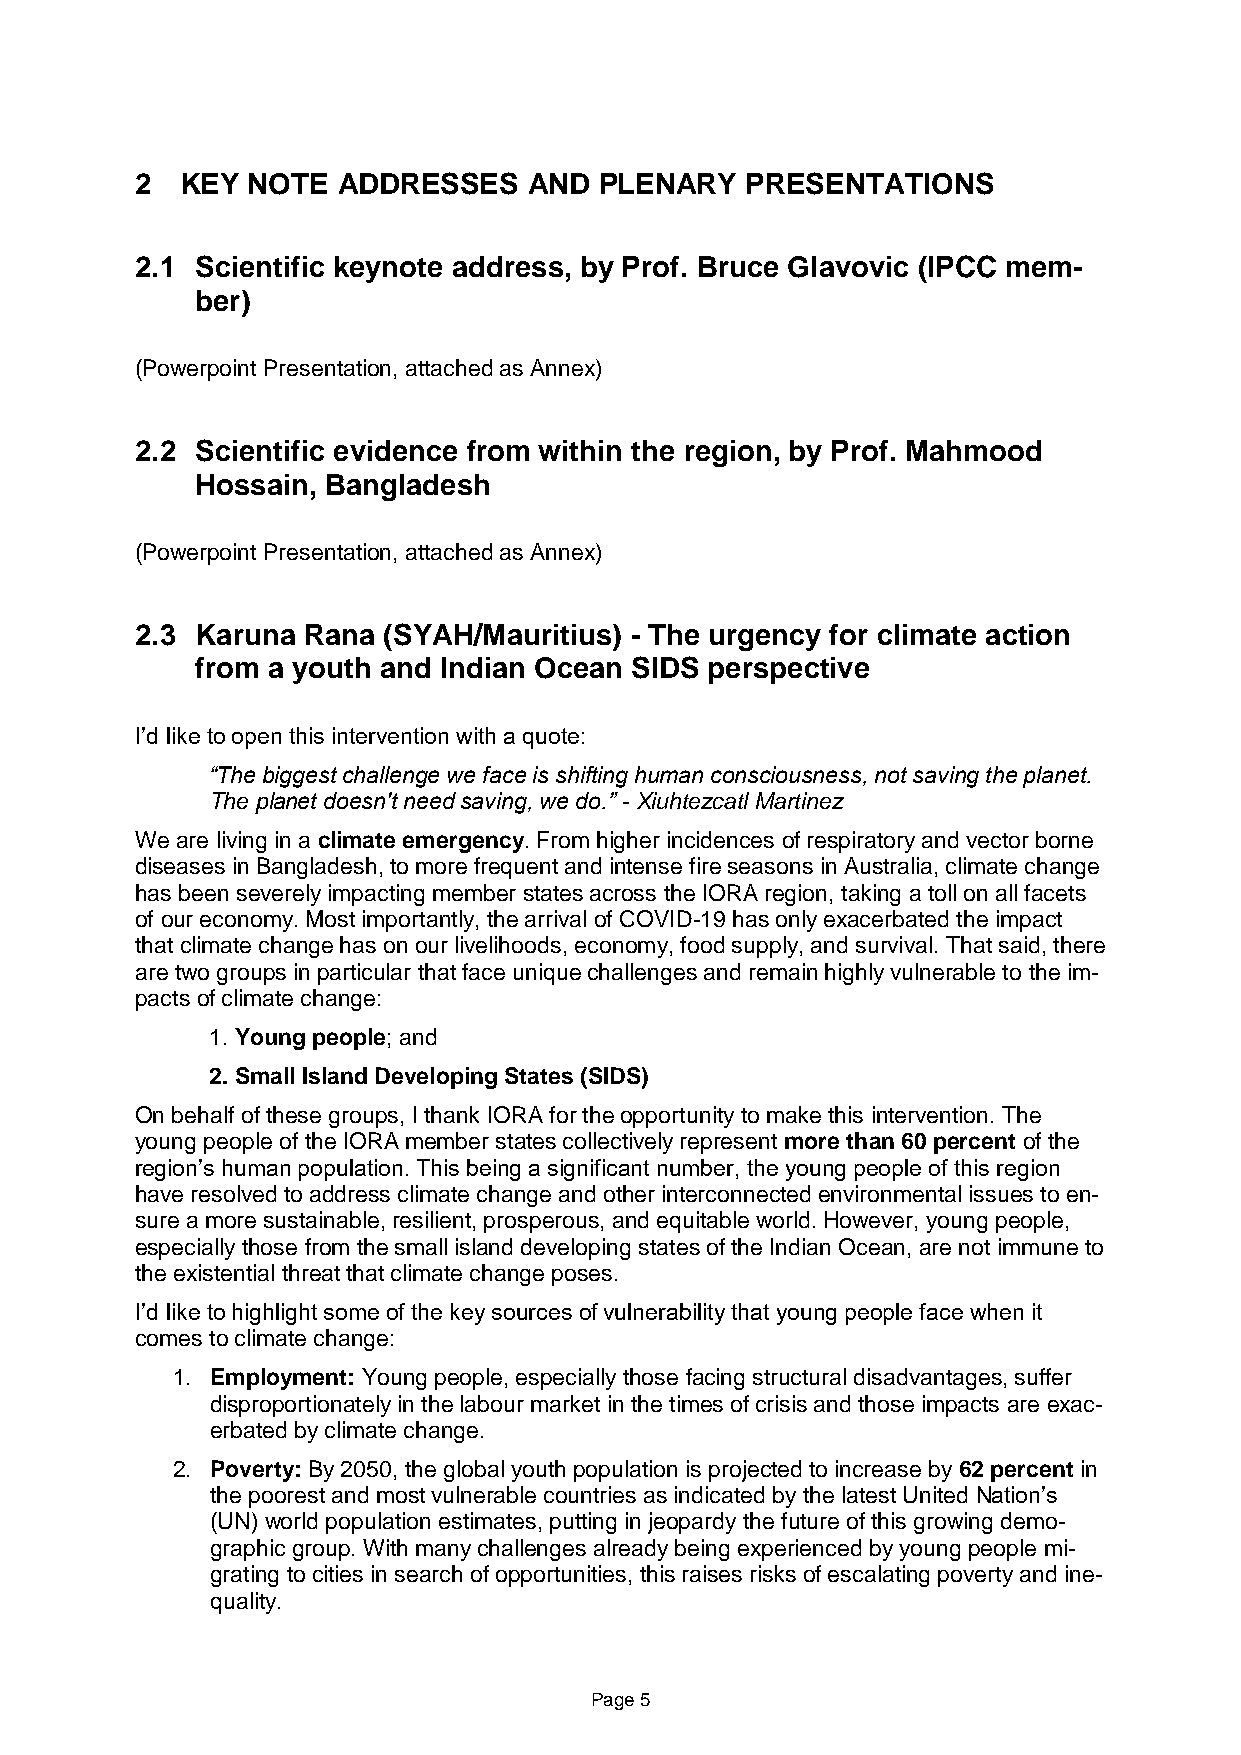
2  KEY NOTE  ADDRESSES    AND  PLENARY  PRESENTATIONS
 2.1 Scientific keynote address, by Prof. Bruce Glavovic (IPCC mem-
 ber)
 (Powerpoint Presentation, attached as Annex)
 2.2 Scientific evidence from within the region, by Prof. Mahmood
 Hossain, Bangladesh
 (Powerpoint Presentation, attached as Annex)
 2.3 Karuna Rana (SYAH/Mauritius) - The urgency for climate action
 from a youth and Indian Ocean SIDS perspective
 I’d like to open this intervention with a quote:
 “The biggest challenge we face is shifting human consciousness, not saving the planet.
 The planet doesn't need saving, we do.” - Xiuhtezcatl Martinez
 We are living in a climate emergency. From higher incidences of respiratory and vector borne
 diseases in Bangladesh, to more frequent and intense fire seasons in Australia, climate change
 has been severely impacting member states across the IORA region, taking a toll on all facets
 of our economy. Most importantly, the arrival of COVID-19 has only exacerbated the impact
 that climate change has on our livelihoods, economy, food supply, and survival. That said, there
 are two groups in particular that face unique challenges and remain highly vulnerable to the im-
 pacts of climate change:
 1. Young people; and
 2. Small Island Developing States (SIDS)
 On behalf of these groups, I thank IORA for the opportunity to make this intervention. The
 young people of the IORA member states collectively represent more than 60 percent of the
 region’s human population. This being a significant number, the young people of this region
 have resolved to address climate change and other interconnected environmental issues to en-
 sure a more sustainable, resilient, prosperous, and equitable world. However, young people,
 especially those from the small island developing states of the Indian Ocean, are not immune to
 the existential threat that climate change poses.
 I’d like to highlight some of the key sources of vulnerability that young people face when it
 comes to climate change:
 1. Employment: Young people, especially those facing structural disadvantages, suffer
 disproportionately in the labour market in the times of crisis and those impacts are exac-
 erbated by climate change.
 2. Poverty: By 2050, the global youth population is projected to increase by 62 percent in
 the poorest and most vulnerable countries as indicated by the latest United Nation’s
 (UN) world population estimates, putting in jeopardy the future of this growing demo-
 graphic group. With many challenges already being experienced by young people mi-
 grating to cities in search of opportunities, this raises risks of escalating poverty and ine-
 quality.
 Page 5